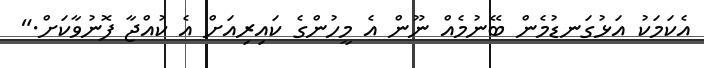
އެކަމަކު އަޅުގަނޑުމެން ބޭނުމެއް ނޫން އެ މީހުންގެ ކައިރިއަށް އެ ކުއްޖާ ފޮނުވާކަށް."